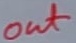
Text: out